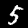
Label: 5